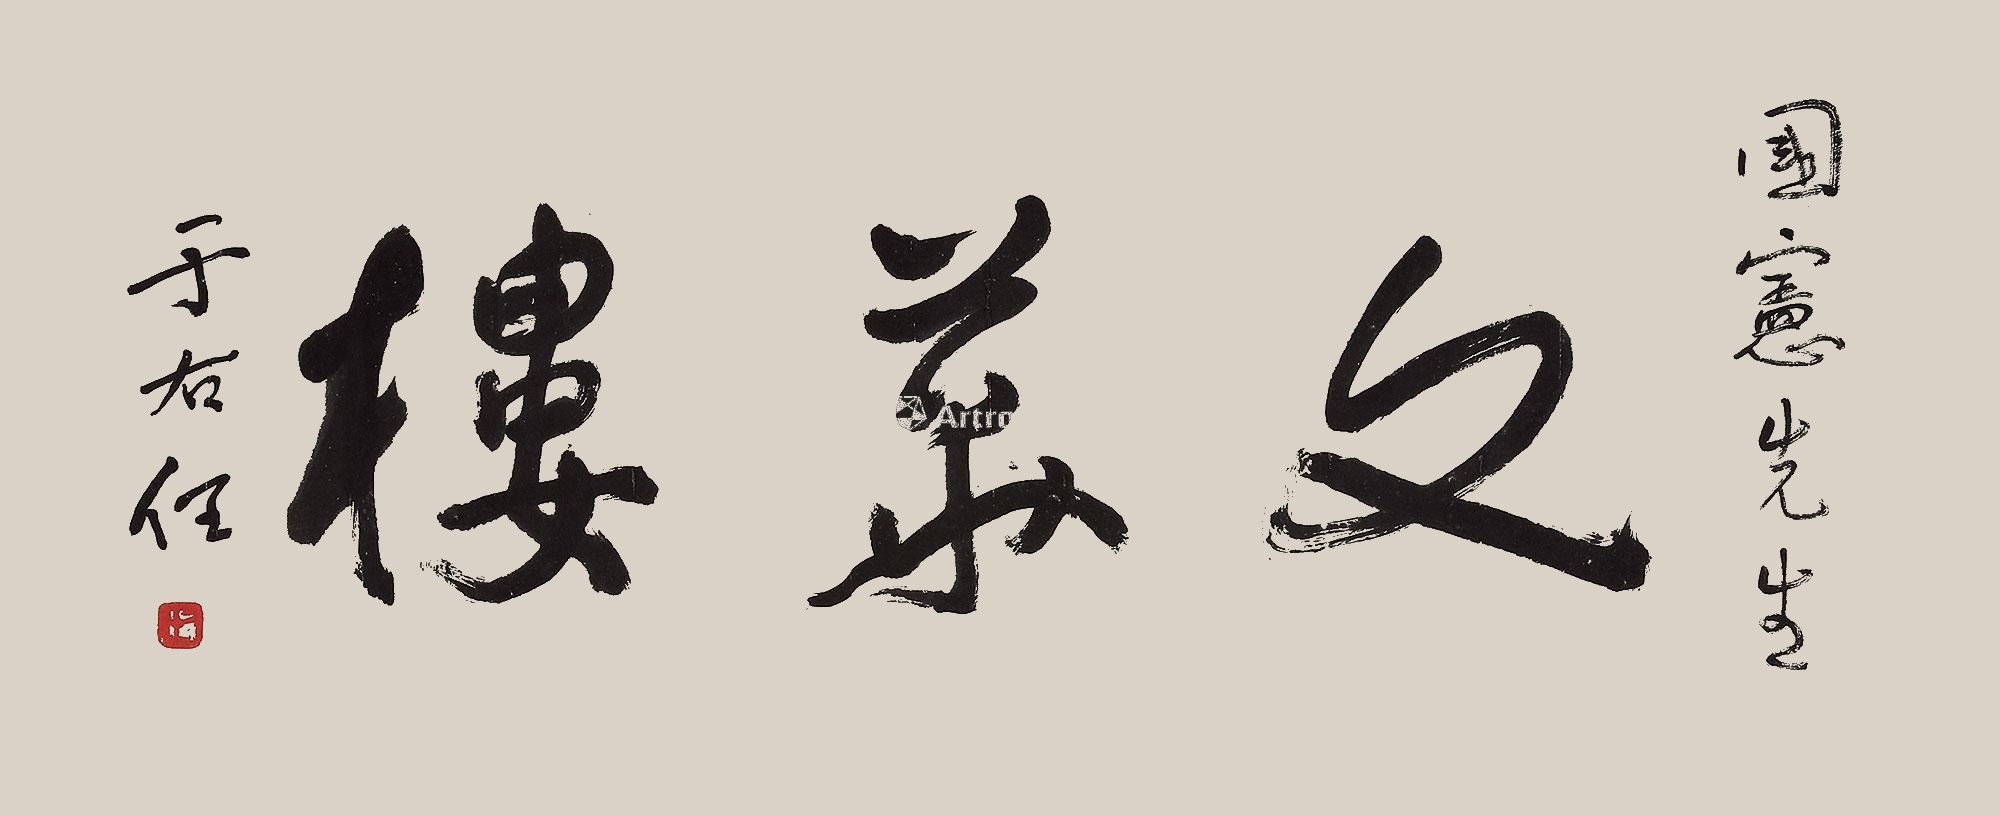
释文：文华楼国宪同志，于右任。